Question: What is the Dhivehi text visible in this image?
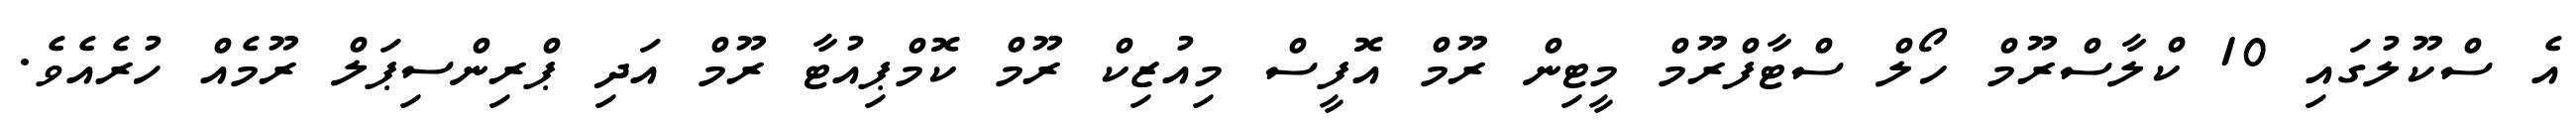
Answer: އެ ސްކޫލުގައި 10 ކްލާސްރޫމް ހޯލް ސްޓާފްރޫމް މީޓިން ރޫމް އޮފީސް މިއުޒިކް ރޫމް ކޮމްޕިއުޓާ ރޫމް އަދި ޕްރިންސިޕަލް ރޫމެއް ހުރެއެވެ.